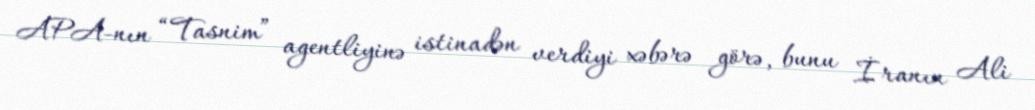
APA-nın “Tasnim” agentliyinə istinadən verdiyi xəbərə görə, bunu İranın Ali